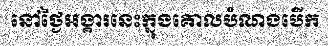
នៅថ្ងៃអង្គារនេះក្នុងគោលបំណងបើក